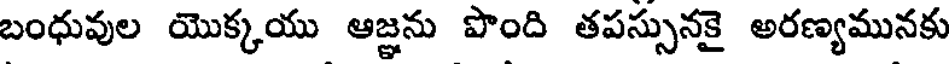
బంధువుల యొక్కయు ఆజ్ఞను పొంది తపస్సునకై అరణ్యమునకు